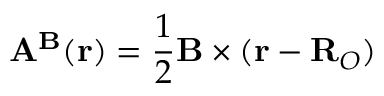
\mathbf { A } ^ { \mathbf { B } } ( \mathbf { r } ) = \frac { 1 } { 2 } \mathbf { B } \times ( \mathbf { r } - \mathbf { R } _ { O } )